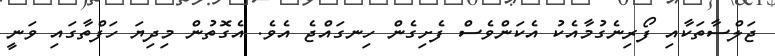
ޖަލްސާތަކާއި ފޯރިނެގުމާއެކު އެކަންވެސް ފެށިގެން ހިނގައްޖެ އެވެ. އެގޮތުން މިދިޔަ ހަފްތާގައި ވަނީ